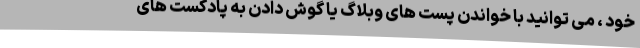
خود ، می توانید با خواندن پست های وبلاگ یا گوش دادن به پادکست های